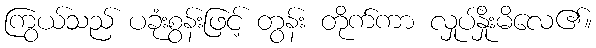
ကြွယ်သည် ပခုံးစွန်းဖြင့် တွန်း တိုက်ကာ လှုပ်နှိုးမိလေ၏။